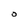
Character: O